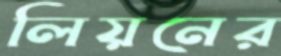
লিয়নের